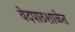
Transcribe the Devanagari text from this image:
वेदपाठशाळेत